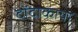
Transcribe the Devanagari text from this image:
दोंदाकाया